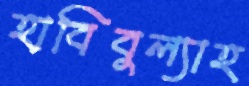
হাবিবুল্যাহ